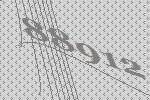
88912